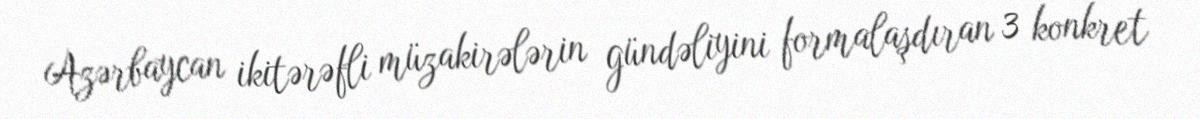
Azərbaycan ikitərəfli müzakirələrin gündəliyini formalaşdıran 3 konkret